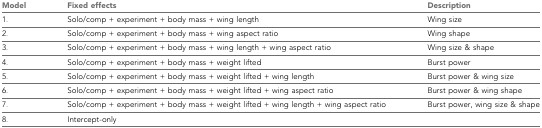
<table><thead><tr><td><b>Model</b></td><td><b>Fixed effects</b></td><td><b>Description</b></td></tr></thead><tbody><tr><td>1.</td><td>Solo/comp + experiment + body mass + wing length</td><td>Wing size</td></tr><tr><td>2.</td><td>Solo/comp + experiment + body mass + wing aspect ratio</td><td>Wing shape</td></tr><tr><td>3.</td><td>Solo/comp + experiment + body mass + wing length + wing aspect ratio</td><td>Wing size &amp; shape</td></tr><tr><td>4.</td><td>Solo/comp + experiment + body mass + weight lifted</td><td>Burst power</td></tr><tr><td>5.</td><td>Solo/comp + experiment + body mass + weight lifted + wing length</td><td>Burst power &amp; wing size</td></tr><tr><td>6.</td><td>Solo/comp + experiment + body mass + weight lifted + wing aspect ratio</td><td>Burst power &amp; wing shape</td></tr><tr><td>7.</td><td>Solo/comp + experiment + body mass + weight lifted + wing length + wing aspect ratio</td><td>Burst power, wing size &amp; shape</td></tr><tr><td>8.</td><td>Intercept-only</td><td></td></tr></tbody></table>